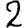
Digit: 2